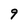
Character: 9